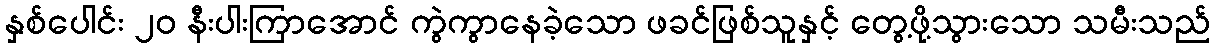
နှစ်ပေါင်း ၂၀ နီးပါးကြာအောင် ကွဲကွာနေခဲ့သော ဖခင်ဖြစ်သူနှင့် တွေ့ဖို့သွားသော သမီးသည်